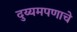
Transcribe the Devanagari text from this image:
दुय्यमपणाचे